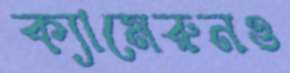
ক্যামেরুনও